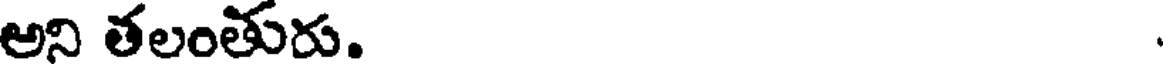
అని తలంతురు.